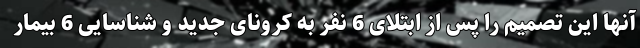
آنها این تصمیم را پس از ابتلای 6 نفر به کرونای جدید و شناسایی 6 بیمار